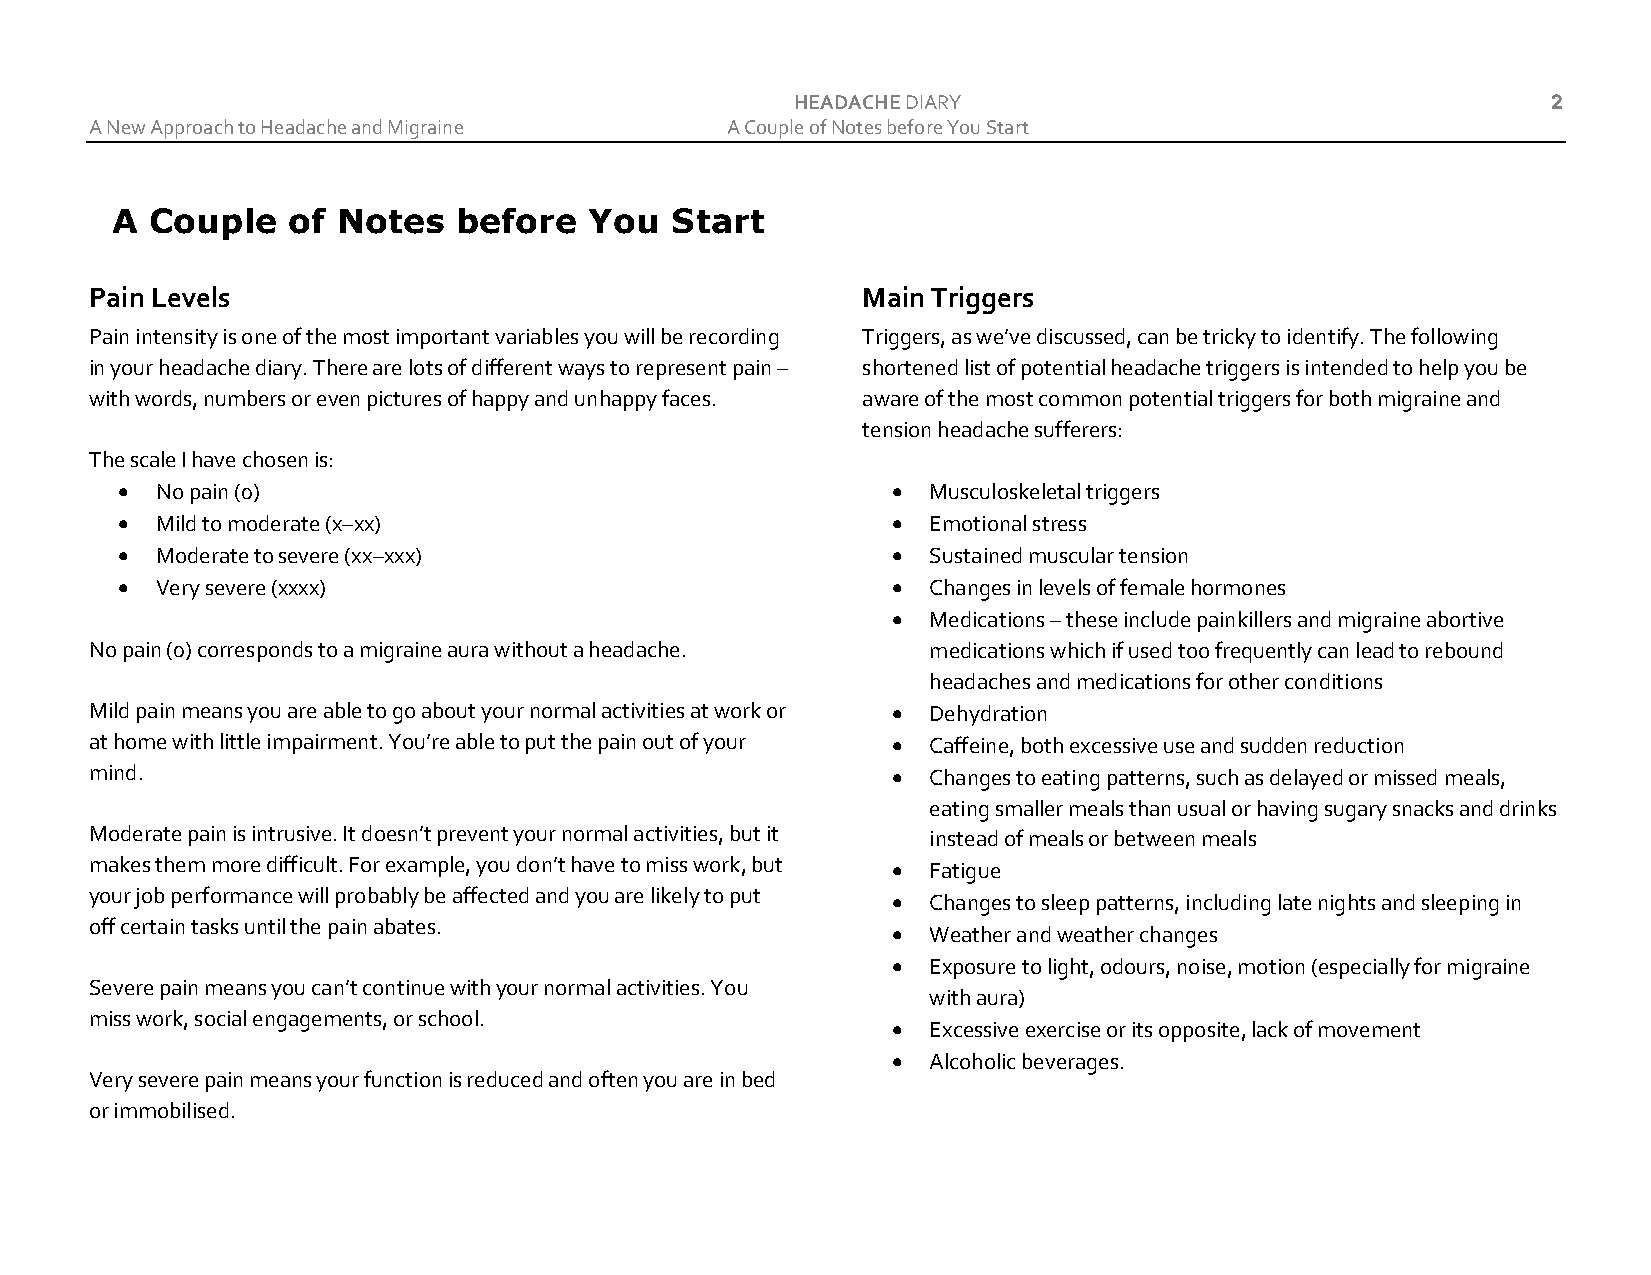
HEADACHE DIARY                                    2
 A New Approach to Headache and Migraine   A Couple of Notes before You Start
 A  Couple   of Notes   before   You  Start
 Pain Levels                                        Main Triggers
 Pain intensity is one of the most important variables you will be recording Triggers, as we’ve discussed, can be tricky to identify. The following
 in your headache diary. There are lots of different ways to represent pain – shortened list of potential headache triggers is intended to help you be
 with words, numbers or even pictures of happy and unhappy faces. aware of the most common potential triggers for both migraine and
 tension headache sufferers:
 The scale I have chosen is:
 • No pain (0)                                      • Musculoskeletal triggers
 • Mild to moderate (x–xx)                          • Emotional stress
 • Moderate to severe (xx–xxx)                      • Sustained muscular tension
 • Very severe (xxxx)                               • Changes in levels of female hormones
 • Medications – these include painkillers and migraine abortive
 No pain (0) corresponds to a migraine aura without a headache. medications which if used too frequently can lead to rebound
 headaches and medications for other conditions
 Mild pain means you are able to go about your normal activities at work or • Dehydration
 at home with little impairment. You’re able to put the pain out of your • Caffeine, both excessive use and sudden reduction
 mind.                                                • Changes to eating patterns, such as delayed or missed meals,
 eating smaller meals than usual or having sugary snacks and drinks
 Moderate pain is intrusive. It doesn’t prevent your normal activities, but it instead of meals or between meals
 makes them more difficult. For example, you don’t have to miss work, but • Fatigue
 your job performance will probably be affected and you are likely to put
 • Changes to sleep patterns, including late nights and sleeping in
 off certain tasks until the pain abates.
 • Weather and weather changes
 • Exposure to light, odours, noise, motion (especially for migraine
 Severe pain means you can’t continue with your normal activities. You
 with aura)
 miss work, social engagements, or school.
 • Excessive exercise or its opposite, lack of movement
 • Alcoholic beverages.
 Very severe pain means your function is reduced and often you are in bed
 or immobilised.